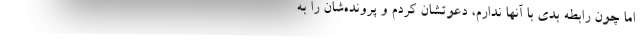
اما چون رابطه بدی با آنها ندارم، دعوتشان کردم و پرونده‌شان را به